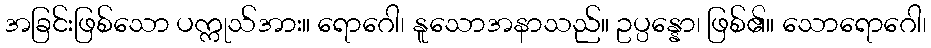
အခြင်းဖြစ်သော ပက္ကုသ်အား။ ရောဂေါ၊ နူသောအနာသည်။ ဥပ္ပန္နော၊ ဖြစ်၏။ သောရောဂေါ၊